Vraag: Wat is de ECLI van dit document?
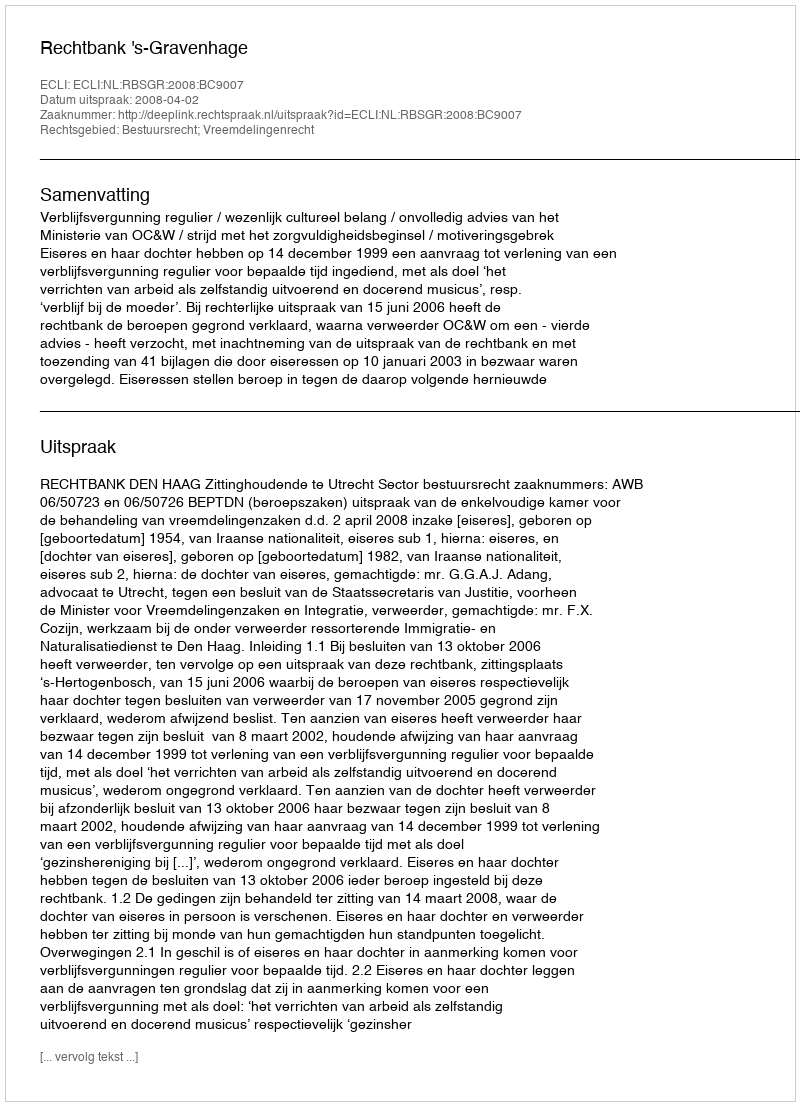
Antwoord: ECLI:NL:RBSGR:2008:BC9007